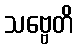
သဗ္ဗေတိ